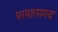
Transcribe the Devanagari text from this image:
परमात्ममय